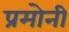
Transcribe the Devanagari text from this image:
प्रमोनी